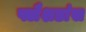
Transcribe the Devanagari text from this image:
फ्लैशडांस